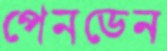
পেনডেন